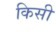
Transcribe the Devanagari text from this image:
किसी